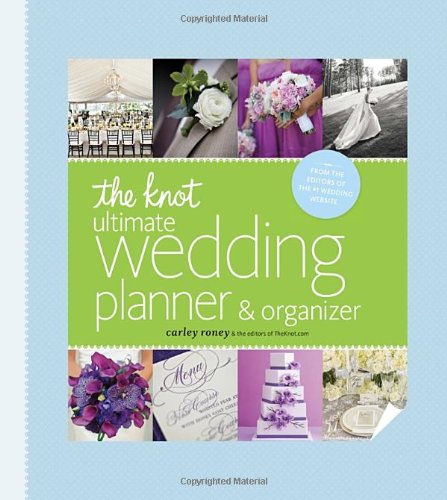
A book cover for The Knot Ultimate Wedding Planner & Organizer [binder edition]: Worksheets, Checklists, Etiquette, Calendars, and Answers to Frequently Asked Questions; Carley Roney; Crafts, Hobbies & Home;